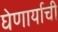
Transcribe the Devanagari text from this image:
घेणार्याची